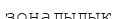
зоналылык